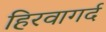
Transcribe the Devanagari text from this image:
हिरवागर्द